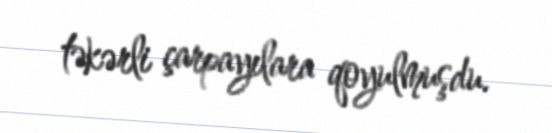
təkərli çarpayılara qoyulmuşdu.